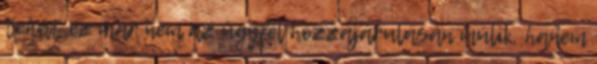
tehát ez már nem az ügyfél hozzájárulásán múlik, hanem